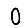
Digit: 0